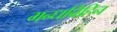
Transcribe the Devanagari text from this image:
गन्धविहिन